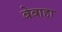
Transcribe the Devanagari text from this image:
बेबाहा